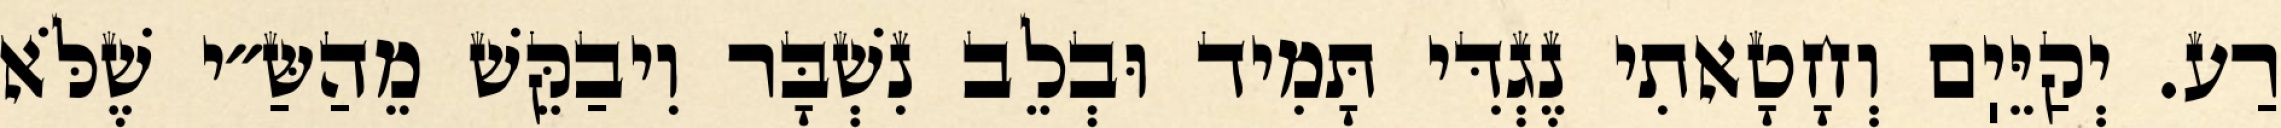
רַע. יְקַיֵּיֽם וְחָטָאתִי נֶגְדִּי תָּמִיד וּבְלֵב נִשְׁבָּר וִיבַקֵּשׁ מֵהַשַּ״י שֶׁלֹּא